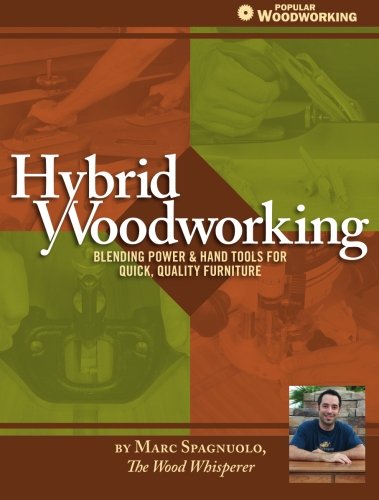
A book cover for Hybrid Woodworking: Blending Power & Hand Tools for Quick, Quality Furniture (Popular Woodworking); Marc Spagnuolo; Crafts, Hobbies & Home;